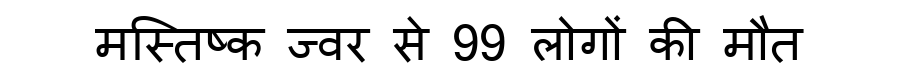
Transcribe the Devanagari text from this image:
मस्तिष्क ज्वर से 99 लोगों की मौत